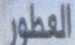
العطور